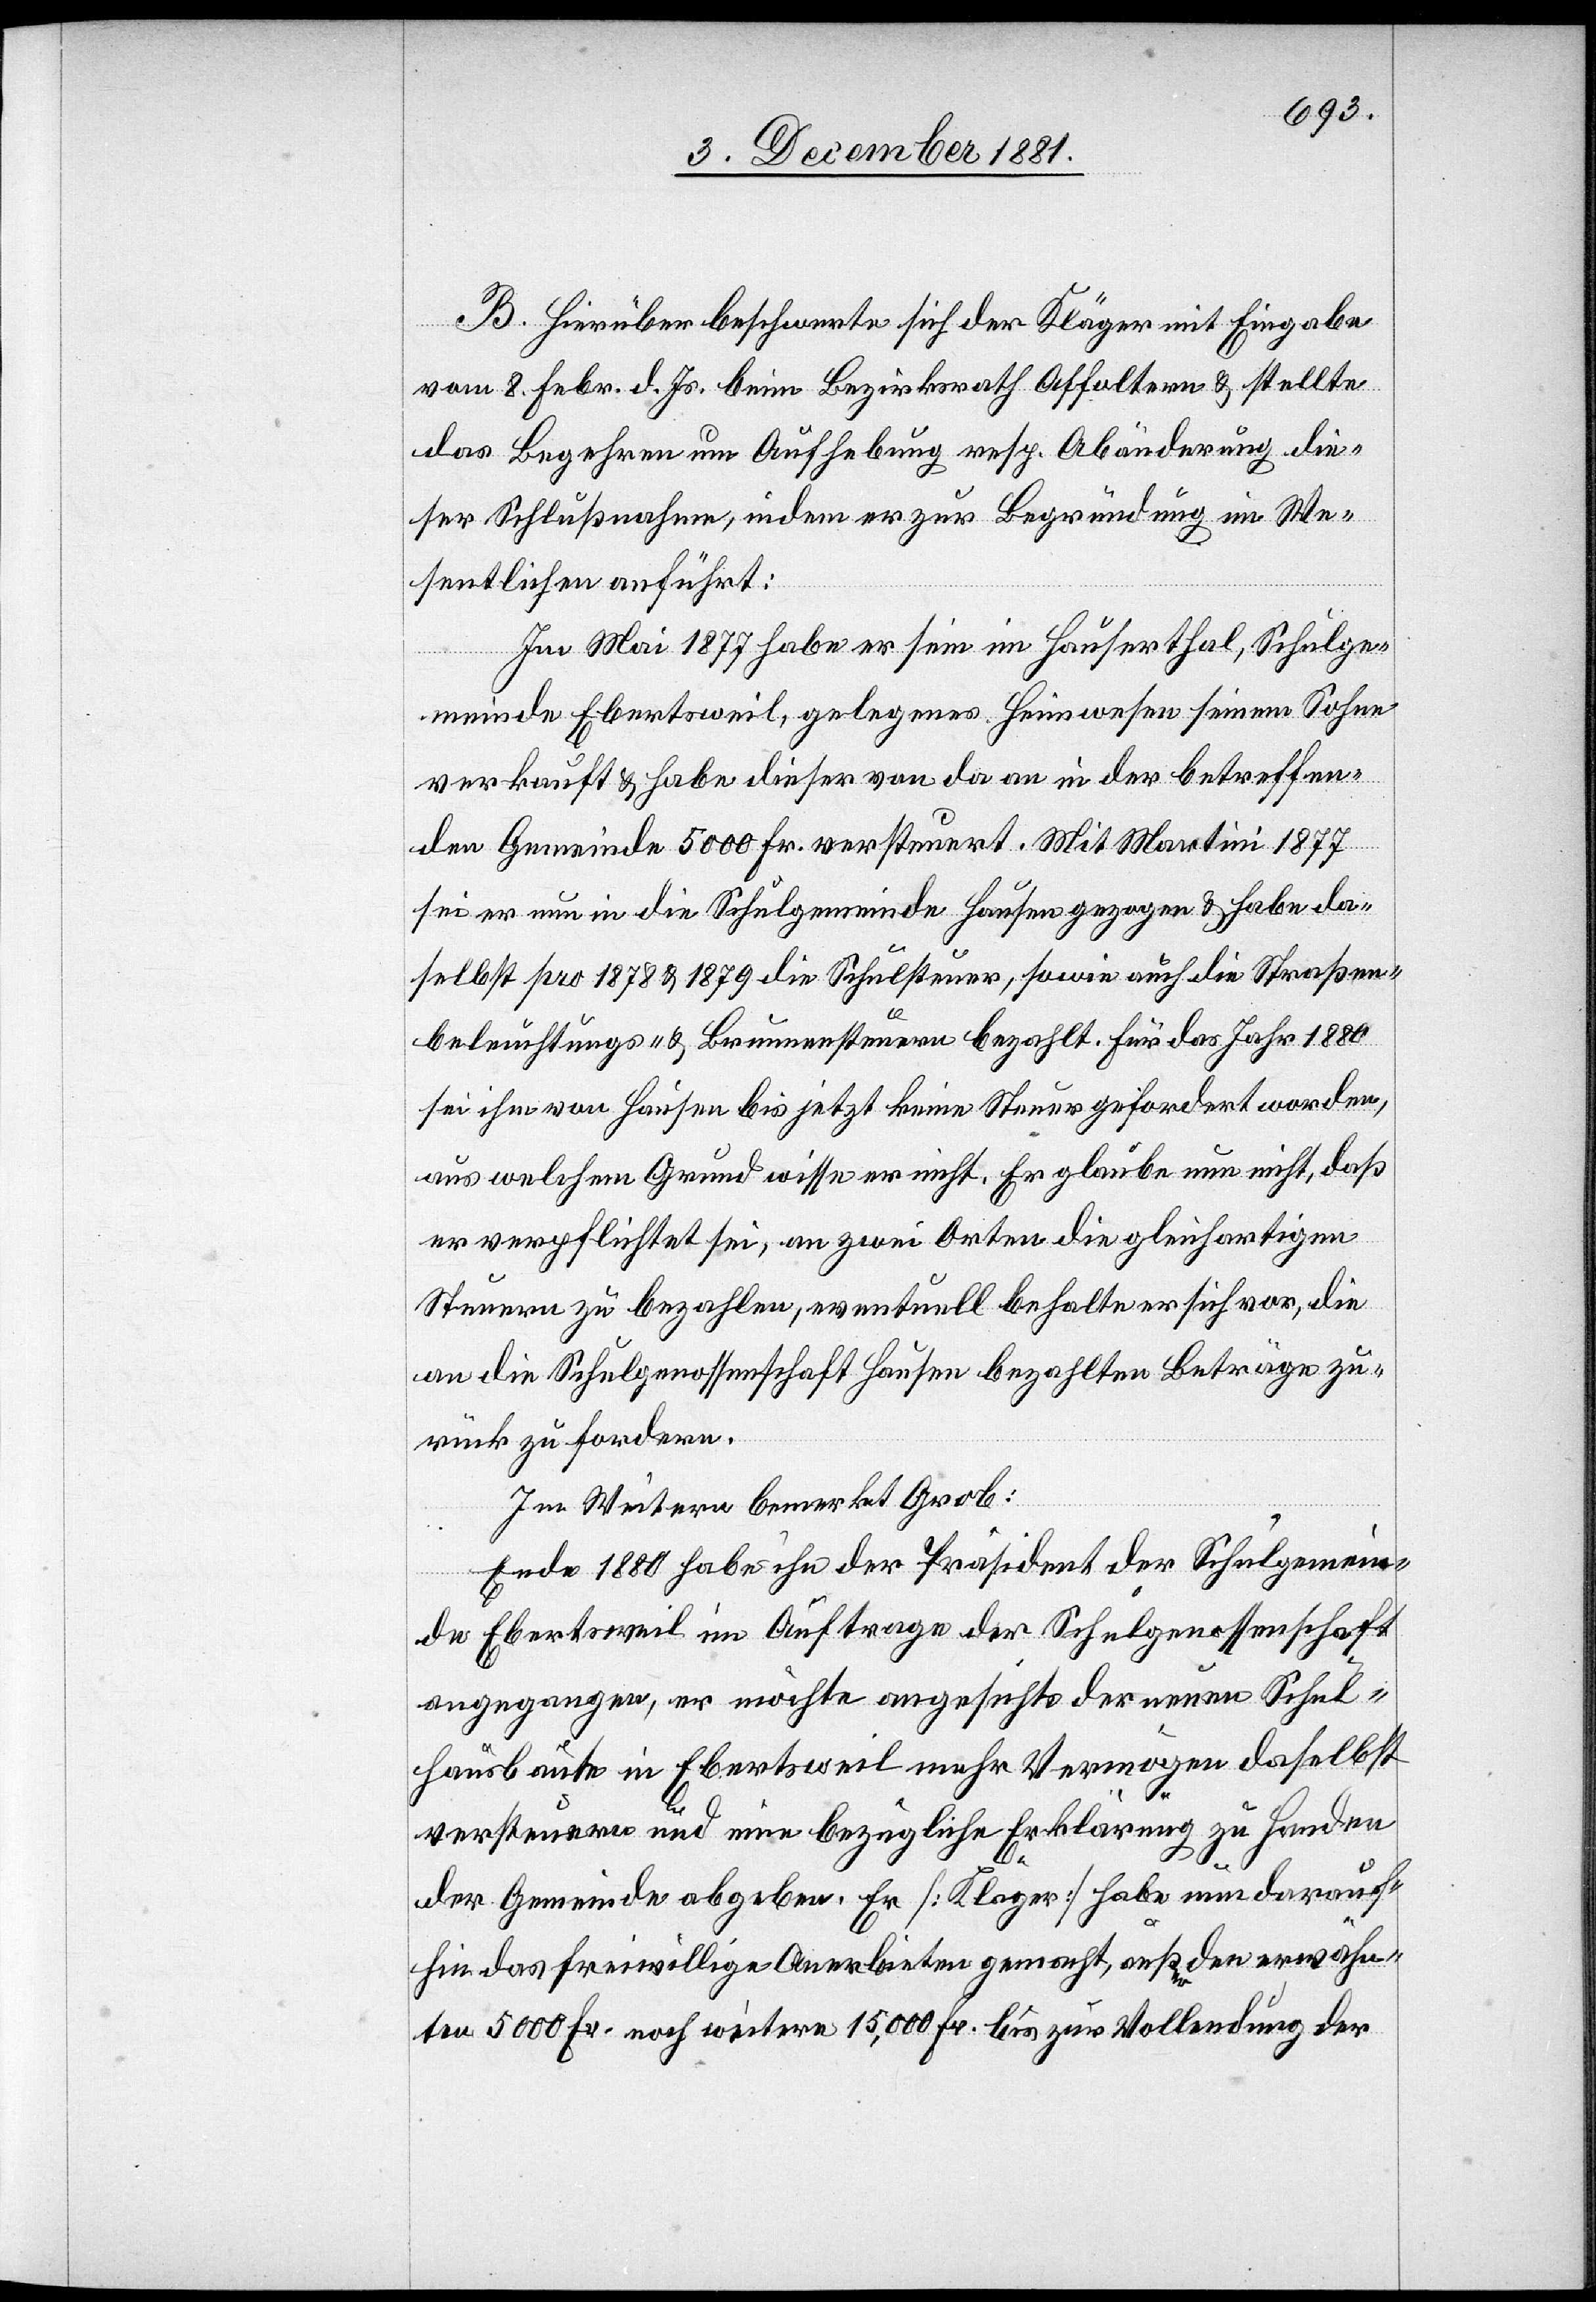
B. Hierüber beschwerte sich der Kläger mit Eingabe
vom 8. Febr. d. Js. beim Bezirksrath Affoltern & stellte
das Begehren um Aufhebung resp. Abänderung die¬
ser Schlußnahme, indem er zur Begründung im We¬
sentlichen anführt:
Im Mai 1877 habe er sein im Hauserthal, Schulge¬
meinde Ebertsweil, gelegenes Heimwesen seinem Sohne
verkauft & habe dieser von da an in der betreffen¬
den Gemeinde 5000 Fr. versteuert. Mit Martini 1877
sei er nun in die Schulgemeinde Hausen gezogen & habe da¬
selbst pro 1878 & 1879 die Schulsteuer, sowie auch die Straßen¬
beleuchtungs- & Brunnensteuern bezahlt. Für das Jahr 1880
sei ihm von Hausen bis jetzt keine Steuer gefordert worden,
aus welchem Grund wisse er nicht. Er glaube nun nicht, daß
er verpflichtet sei, an zwei Orten die gleichartigen
Steuern zu bezahlen, eventuell behalte er sich vor, die
an die Schulgenossenschaft Hausen bezahlten Beträge zu¬
rück zu fordern.
Im Weitern bemerkt Grob:
Ende 1880 habe ihn der Präsident der Schulgemein¬
de Ebertsweil im Auftrage der Schulgenossenschaft
angegangen, er möchte angesichts der neuen Schul¬
hausbaute in Ebertsweil mehr Vermögen daselbst
versteuern und eine bezügliche Erklärung zu Handen
der Gemeinde abgeben. Er [Kläger] habe nun darauf¬
hin das freiwillige Anerbieten gemacht, außer den erwähn¬
ten 5000 Fr. noch weitere 15,000 Fr. bis zur Vollendung der